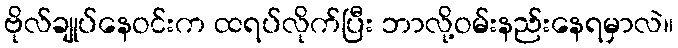
ဗိုလ်ချုပ်နေဝင်းက ထရပ်လိုက်ပြီး ဘာလို့ဝမ်းနည်းနေရမှာလဲ။